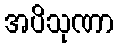
အပိသုဏာ